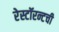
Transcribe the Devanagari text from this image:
रेस्टॉरन्टची